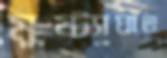
মুষ্ট্যাঘাত